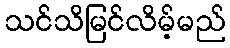
သင်သိမြင်လိမ့်မည်